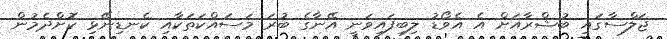
ޖަލްސާގައި ބުޝްރާއަށް އެ އެވޯޑު ލިބިފައިވަނީ އޭނާގެ ބުރަ މަސައްކަތަކާއި ކެނޑިނޭޅި ކޮށްދެމުން